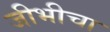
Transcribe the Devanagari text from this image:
जीभीचा